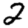
Digit: 2